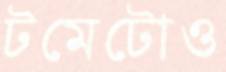
টমেটোও